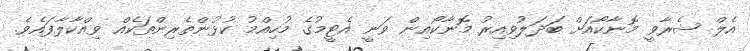
އެލް ޝެރާވީ މޮނާކޯއަށް ބަދަލުވިއިރު މޮނާކޯއިން ވަނީ އެޓީމުގެ މުހިއްމު ކުޅުންތެރިންތަކެއް ވިއްކާލާފައެވެ.